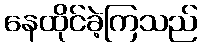
နေထိုင်ခဲ့ကြသည်